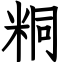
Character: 粡